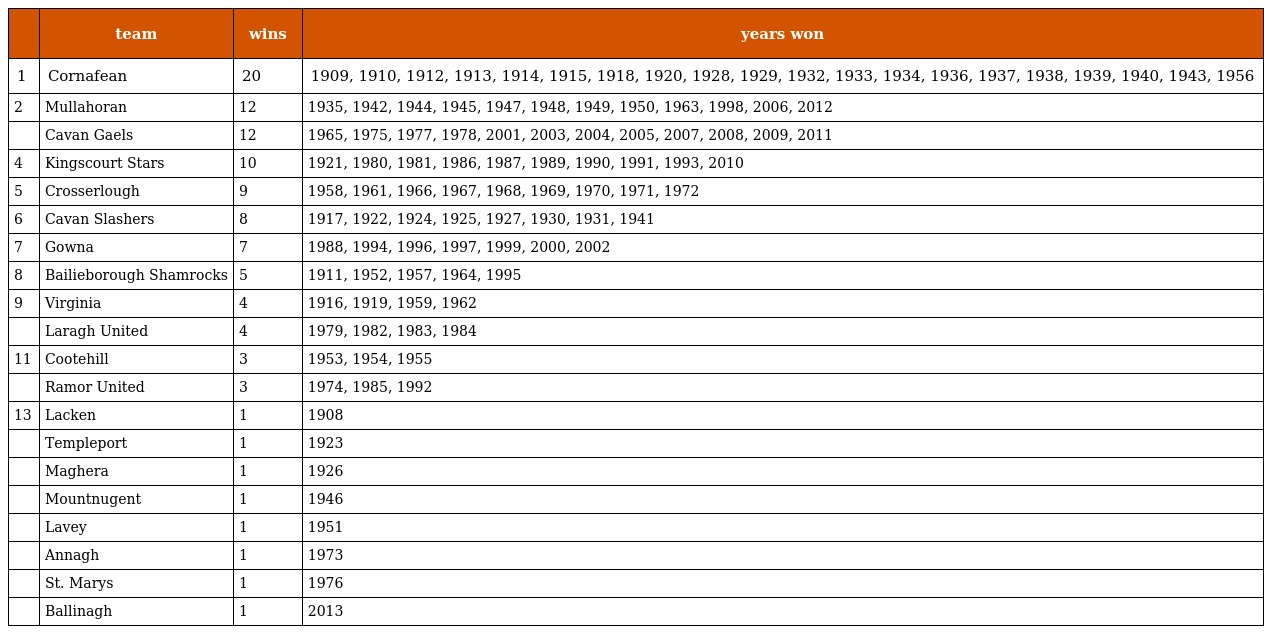
|  | team | wins | years won |
 | --- | --- | --- | --- |
 | 1 | Cornafean | 20 | 1909, 1910, 1912, 1913, 1914, 1915, 1918, 1920, 1928, 1929, 1932, 1933, 1934, 1936, 1937, 1938, 1939, 1940, 1943, 1956 |
 | 2 | Mullahoran | 12 | 1935, 1942, 1944, 1945, 1947, 1948, 1949, 1950, 1963, 1998, 2006, 2012 |
 |  | Cavan Gaels | 12 | 1965, 1975, 1977, 1978, 2001, 2003, 2004, 2005, 2007, 2008, 2009, 2011 |
 | 4 | Kingscourt Stars | 10 | 1921, 1980, 1981, 1986, 1987, 1989, 1990, 1991, 1993, 2010 |
 | 5 | Crosserlough | 9 | 1958, 1961, 1966, 1967, 1968, 1969, 1970, 1971, 1972 |
 | 6 | Cavan Slashers | 8 | 1917, 1922, 1924, 1925, 1927, 1930, 1931, 1941 |
 | 7 | Gowna | 7 | 1988, 1994, 1996, 1997, 1999, 2000, 2002 |
 | 8 | Bailieborough Shamrocks | 5 | 1911, 1952, 1957, 1964, 1995 |
 | 9 | Virginia | 4 | 1916, 1919, 1959, 1962 |
 |  | Laragh United | 4 | 1979, 1982, 1983, 1984 |
 | 11 | Cootehill | 3 | 1953, 1954, 1955 |
 |  | Ramor United | 3 | 1974, 1985, 1992 |
 | 13 | Lacken | 1 | 1908 |
 |  | Templeport | 1 | 1923 |
 |  | Maghera | 1 | 1926 |
 |  | Mountnugent | 1 | 1946 |
 |  | Lavey | 1 | 1951 |
 |  | Annagh | 1 | 1973 |
 |  | St. Marys | 1 | 1976 |
 |  | Ballinagh | 1 | 2013 |